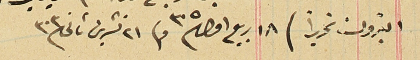
البترون تحريراً / ١٨ ربيع اول ٣٠٥ و٢١ تشرين ثاني ٣٠٣